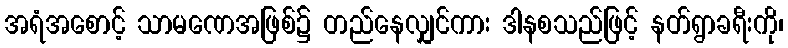
အရံအစောင့် သာမဏေအဖြစ်၌ တည်နေလျှင်ကား ဒါနစသည်ဖြင့် နတ်ရွာခရီးကို၊